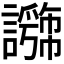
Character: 𧭕